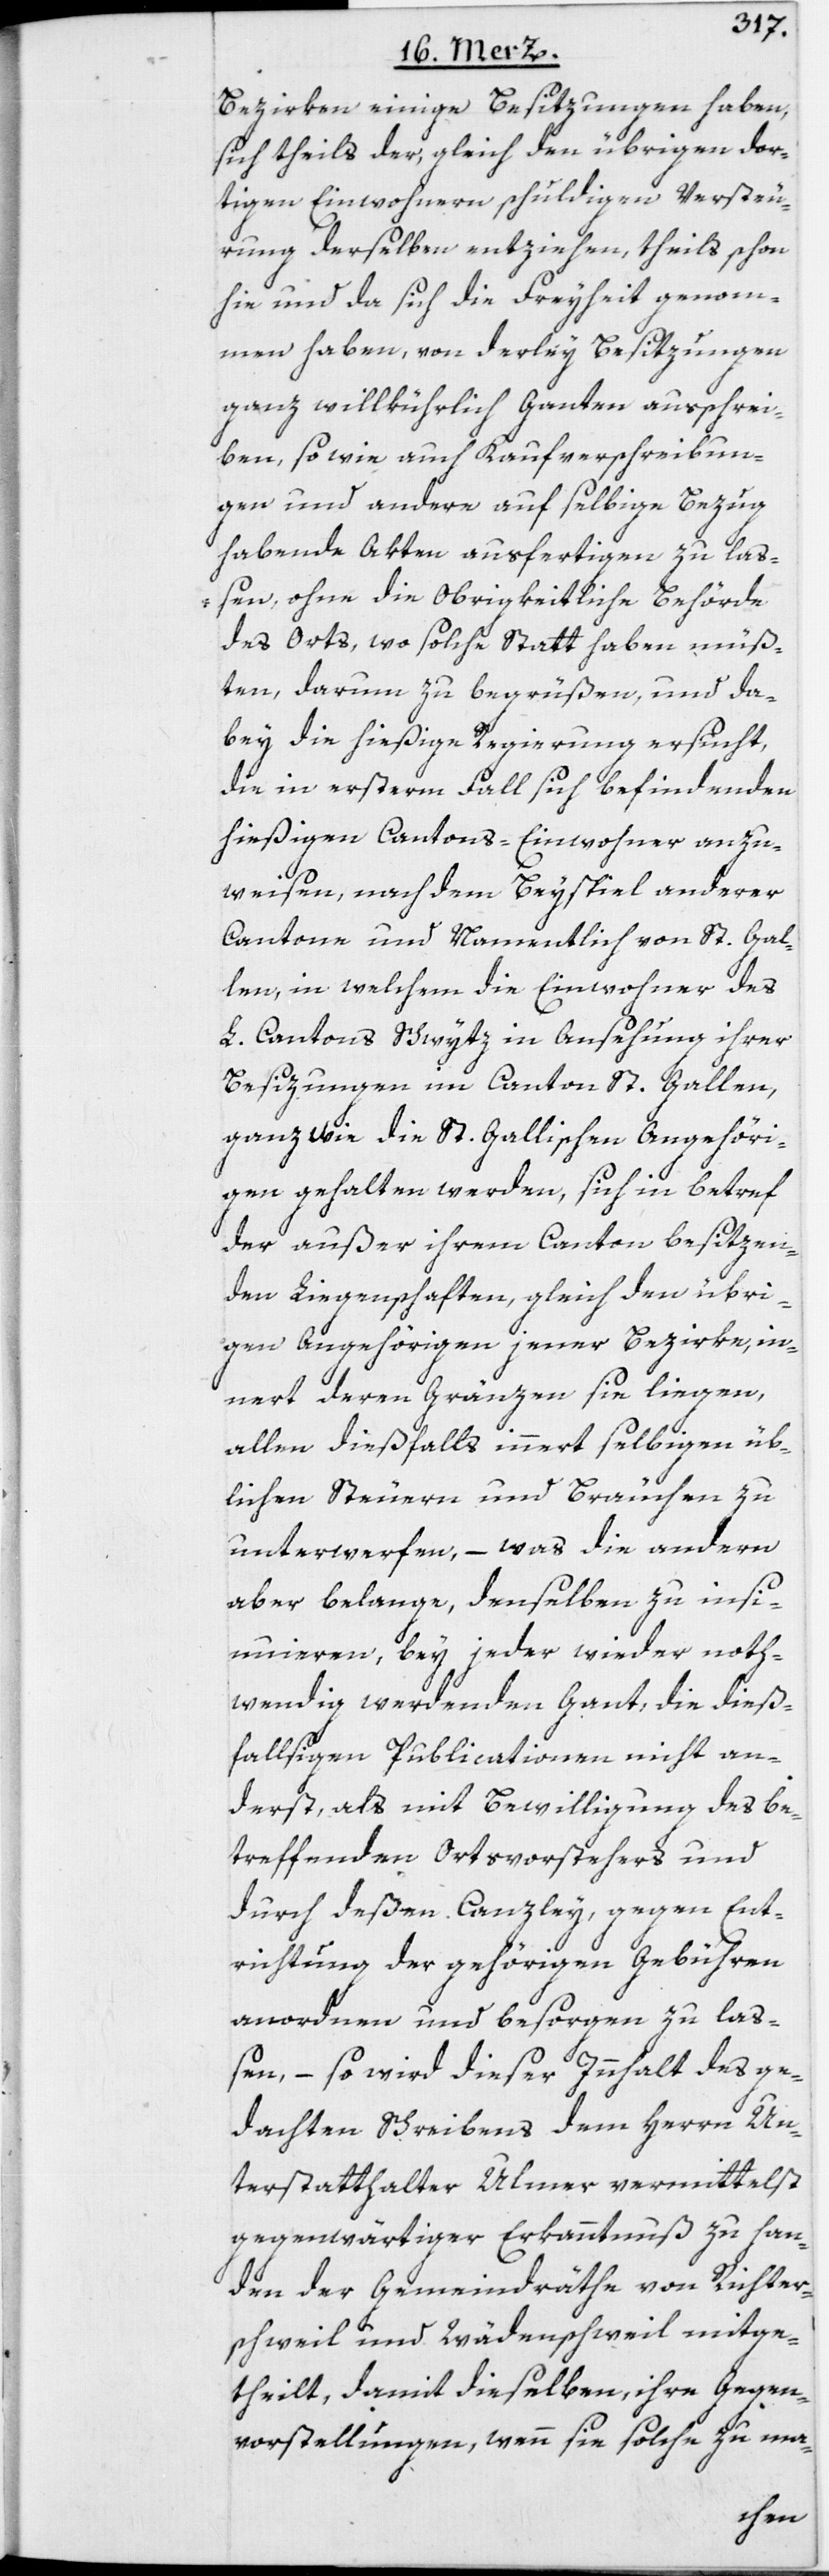
Bezirken einige Besitzungen haben,
sich theils der, gleich den übrigen dor¬
tigen Einwohnern schuldigen Versteu¬
rung derselben entziehen, theils schon
hie und da sich die Freyheit genom¬
men haben, von derley Besitzungen
ganz willkührlich Ganten ausschrei¬
ben, so wie auch Kaufverschreibun¬
gen und andere auf selbige Bezug
habende Akten ausfertigen zu laß¬
en, ohne die Obrigkeitliche Behörde
des Orts, wo solche Statt haben müß¬
ten, darum zu begrüßen, und da¬
bey die hießige Regierung ersucht,
die in ersterm Fall sich befindenden
hießigen Cantons-Einwohner anzu¬
weisen, nach dem Beyspiel anderer
Cantone und Namentlich von St. Gal¬
len, in welchem die Einwohner des
L. Cantons Schwytz in Ansehung ihrer
Besizungen im Canton St. Gallen,
ganz wie die St. Gallischen Angehöri¬
gen gehalten werden, sich in betref
der außer ihrem Canton besitzen¬
den Liegenschaften, gleich den übri¬
gen Angehörigen jener Bezirke, in¬
nert deren Gränzen sie liegen,
allen dießfalls innert selbigen üb¬
lichen Steuern und Bräuchen zu
unterwerfen, – was die andern
aber belange, denselben zu ins¬
inuieren, bey jeder wieder noth¬
wendig werdenden Gant, die dieß¬
fallsigen Publicationen nicht an¬
derst, als mit Bewilligung des be¬
treffenden Ortsvorstehers und
durch deßen Canzley, gegen Ent¬
richtung der gehörigen Gebühren
anordnen und besorgen zu laß¬
en, – so wird dieser Innhalt des ge¬
dachten Schreibens dem Herrn Un¬
terstatthalter Ulmer vermittelst
gegenwärtiger Erkanntnuß zu Han¬
den der Gemeindräthe von Richter¬
schweil und Wädenschweil mitge¬
theilt, damit dieselben, ihre Gegen¬
vorstellungen, wenn sie solche zu ma-